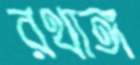
রথাঙ্গ